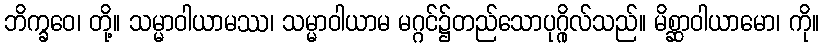
ဘိက္ခဝေ၊ တို့။ သမ္မာဝါယာမဿ၊ သမ္မာဝါယာမ မဂ္ဂင်၌တည်သောပုဂ္ဂိုလ်သည်။ မိစ္ဆာဝါယာမော၊ ကို။